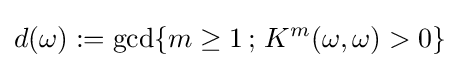
d(\omega ):=\mathrm {gcd} \{m\geq 1\,;\,K^{m}(\omega ,\omega )>0\}